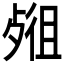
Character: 𣨖